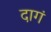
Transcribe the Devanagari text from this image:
दागं